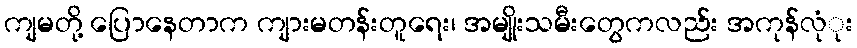
ကျမတို့ ပြောနေတာက ကျားမတန်းတူရေး၊ အမျိုးသမီးတွေကလည်း အကုန်လုံုး